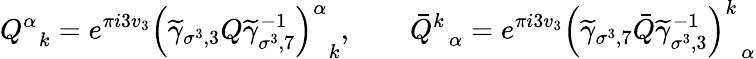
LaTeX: Q_{\; \; k}^{\alpha}=e^{\pi i3v_{3}}\left(\widetilde{\gamma}_{\sigma^{3},3}Q\widetilde{\gamma}_{\sigma^{3},7}^{-1}\right)_{\; \; k}^{\alpha},\quad\quad\bar{Q}_{\; \; \alpha}^{k}=e^{\pi i3v_{3}}\left(\widetilde{\gamma}_{\sigma^{3},7}\bar{Q}\widetilde{\gamma}_{\sigma^{3},3}^{-1}\right)_{\; \; \alpha}^{k}